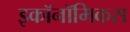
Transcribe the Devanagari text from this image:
इकॉनॉमिकस